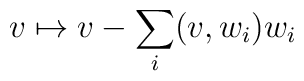
v\mapsto v-  \sum_i(v,w_i)w_i